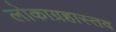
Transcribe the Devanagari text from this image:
लोकाग्रहास्तव